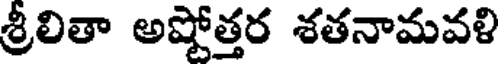
శ్రీలితా అష్టోత్తర శతనామవళి